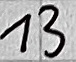
Text: 13